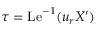
\tau = \mathrm { L e } ^ { - 1 } ( u _ { r } X ^ { \prime } )